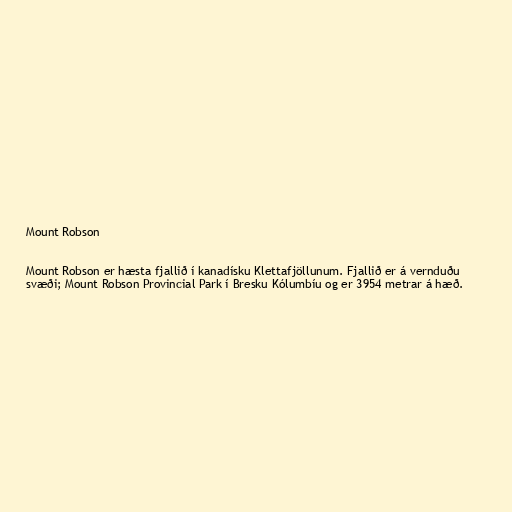
Mount Robson

Mount Robson er hæsta fjallið í kanadísku Klettafjöllunum. Fjallið er á vernduðu
svæði; Mount Robson Provincial Park í Bresku Kólumbíu og er 3954 metrar á hæð.